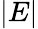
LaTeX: \lvert E\rvert